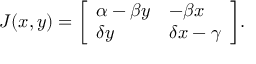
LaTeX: J ( x , y ) = { \left[ \begin{array} { l l } { \alpha - \beta y } & { - \beta x } \\ { \delta y } & { \delta x - \gamma } \end{array} \right] } .